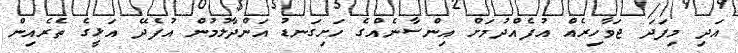
އަދި މިފަދަ ޖަވާހިރެއް އުފެއްދުމަށް އިންސާނެއްގެ ހަށިގަނޑު އަންދާލުމުން އުފެދޭ އަޅީގެ ތެރެއިން